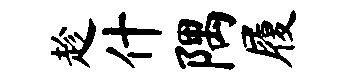
趁什隅履